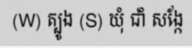
(W) ត្បូង (S) ឃុំ ជាំ សង្កែ